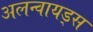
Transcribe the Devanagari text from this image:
अलन्वायड्स